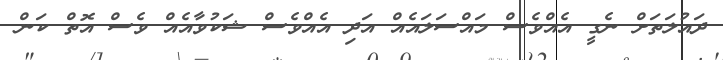
ދައުލަތަށް ނެގީ އެއްވެސް މައްސަލައެއް އަދި އެެއްވެސް ޝަކުވާއެއް ވެސް އޮތް ކަން